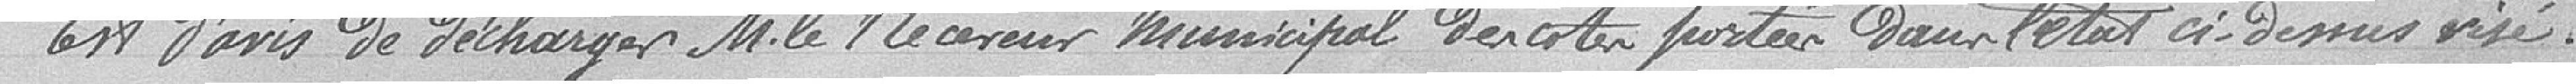
Est d'avis de décharger Monsieur le Receveur municipal des cotes portées dans l'état ci-dessus visé